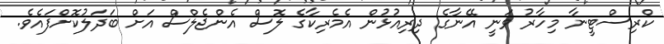
ކްރިސްޓީނާ މިހާރު ވަނީ އޭނާގެ ދިރިއުޅުން އެމެރިކާގެ ލޮސް އެންޖެލްސް އަށް ބަދަލުކޮށްފައެވެ.